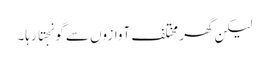
لیکن گھر مختلف آوازوں سے گونجتا رہا۔